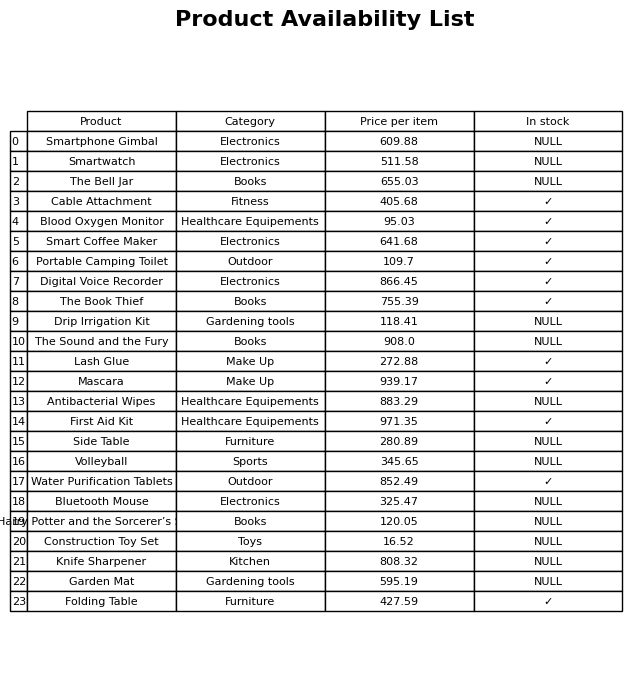
question: What is the price of the Portable Camping Toilet?
answer: The price of Portable Camping Toilet is 109.7.